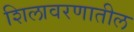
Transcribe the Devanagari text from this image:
शिलावरणातील